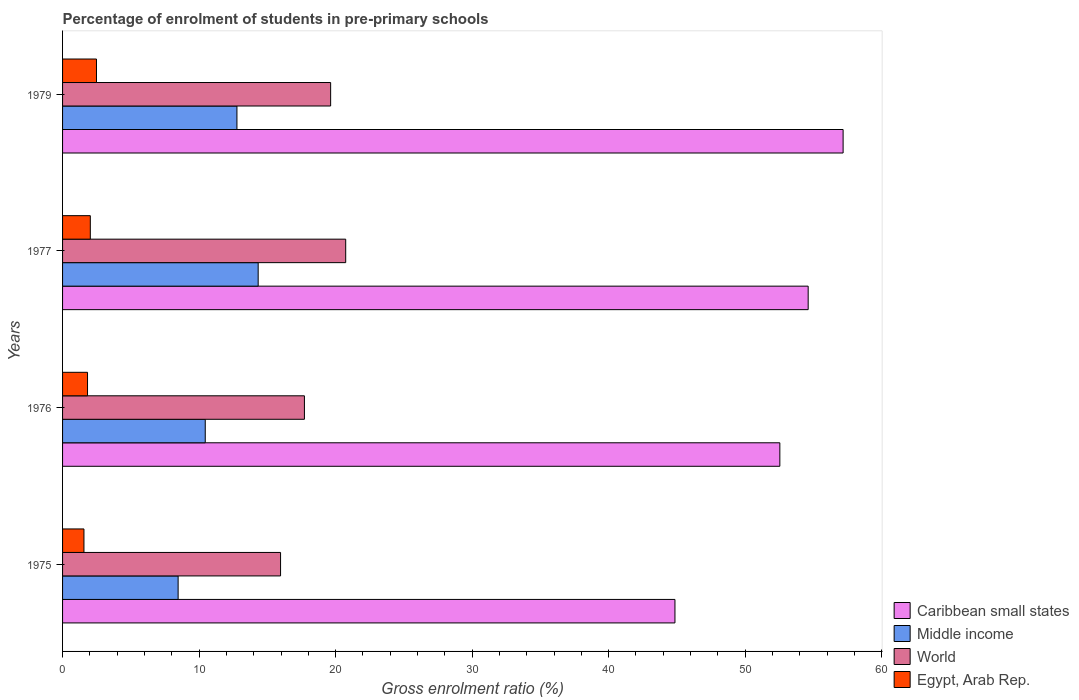
| Years | Caribbean small states | Middle income | World | Egypt, Arab Rep. |
 | --- | --- | --- | --- | --- |
 | 1975 | 44.9 | 8.47 | 16 | 1.57 |
 | 1976 | 52.5 | 10.5 | 17.7 | 1.83 |
 | 1977 | 54.6 | 14.3 | 20.7 | 2.03 |
 | 1979 | 57.2 | 12.8 | 19.6 | 2.48 |